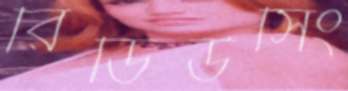
রিডিউসিং